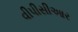
વીપીસીઆર